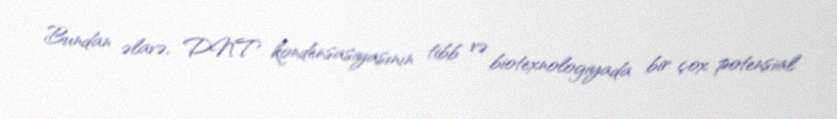
Bundan əlavə, DNT kondensasiyasının tibb və biotexnologiyada bir çox potensial